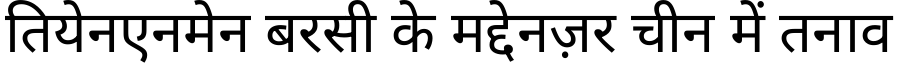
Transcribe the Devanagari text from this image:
तियेनएनमेन बरसी के मद्देनज़र चीन में तनाव